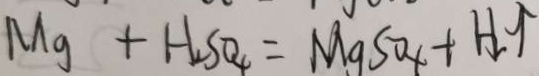
M g + H _ { 2 } S O _ { 4 } = M g S O _ { x } + H _ { 2 } \uparrow